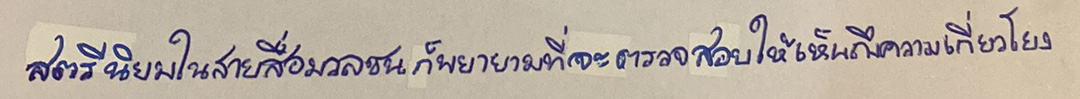
สตรีนิยมในสายสื่อมวลชนก็พยายามที่จะตรวจสอบให้เห็นถึงความเกี่ยวโยง